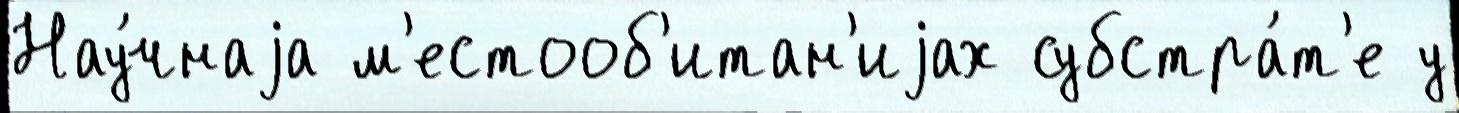
Нау́чнаjа м'естооб'итан'иjах субстра́т'е у